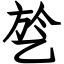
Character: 乻